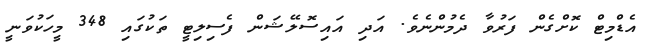
އެޑްމިޓް ކޮށްގެން ފަރުވާ ދެމުންނެވެ. އަދި އައިސޮލޭޝަން ފެސިލިޓީ ތަކުގައި 348 މީހަކުވަނީ